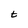
Character: t